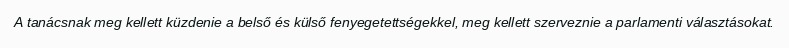
A tanácsnak meg kellett küzdenie a belső és külső fenyegetettségekkel, meg kellett szerveznie a parlamenti választásokat.